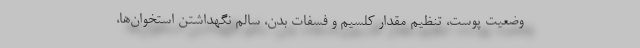
وضعیت پوست، تنظیم مقدار کلسیم و فسفات بدن، سالم نگهداشتن استخوان‌ها،